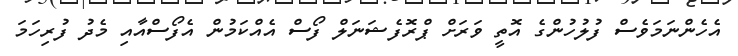
އެހެންނަމަވެސް ފުލުހުންގެ އޮތީ ވަރަށް ޕްރޮފެޝަނަލް ފޯސް އެއްކަމުން އެފޯސްއާއި މެދު ފުރިހަމަ